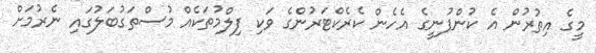
މީގެ އިތުރުން އެ ކުންފުނީގެ އެހެން ކެރެކްޓަރުންގެ ވަކި ފިލްމުތަކެއް މުސްތަގުބަލުގައި ނެރުމަށް